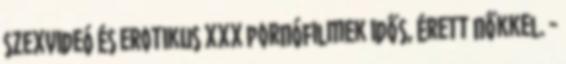
szexvideó és erotikus xxx pornófilmek idős, érett nőkkel. -